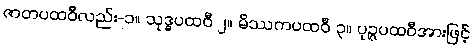
ဇာတပထဝီလည်း-၁။ သုဒ္ဓပထဝီ ၂။ မိဿကပထဝီ ၃။ ပုဉ္ဇပထဝီအားဖြင့်